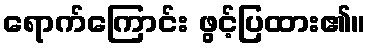
ရောက်ကြောင်း ဖွင့်ပြထား၏။